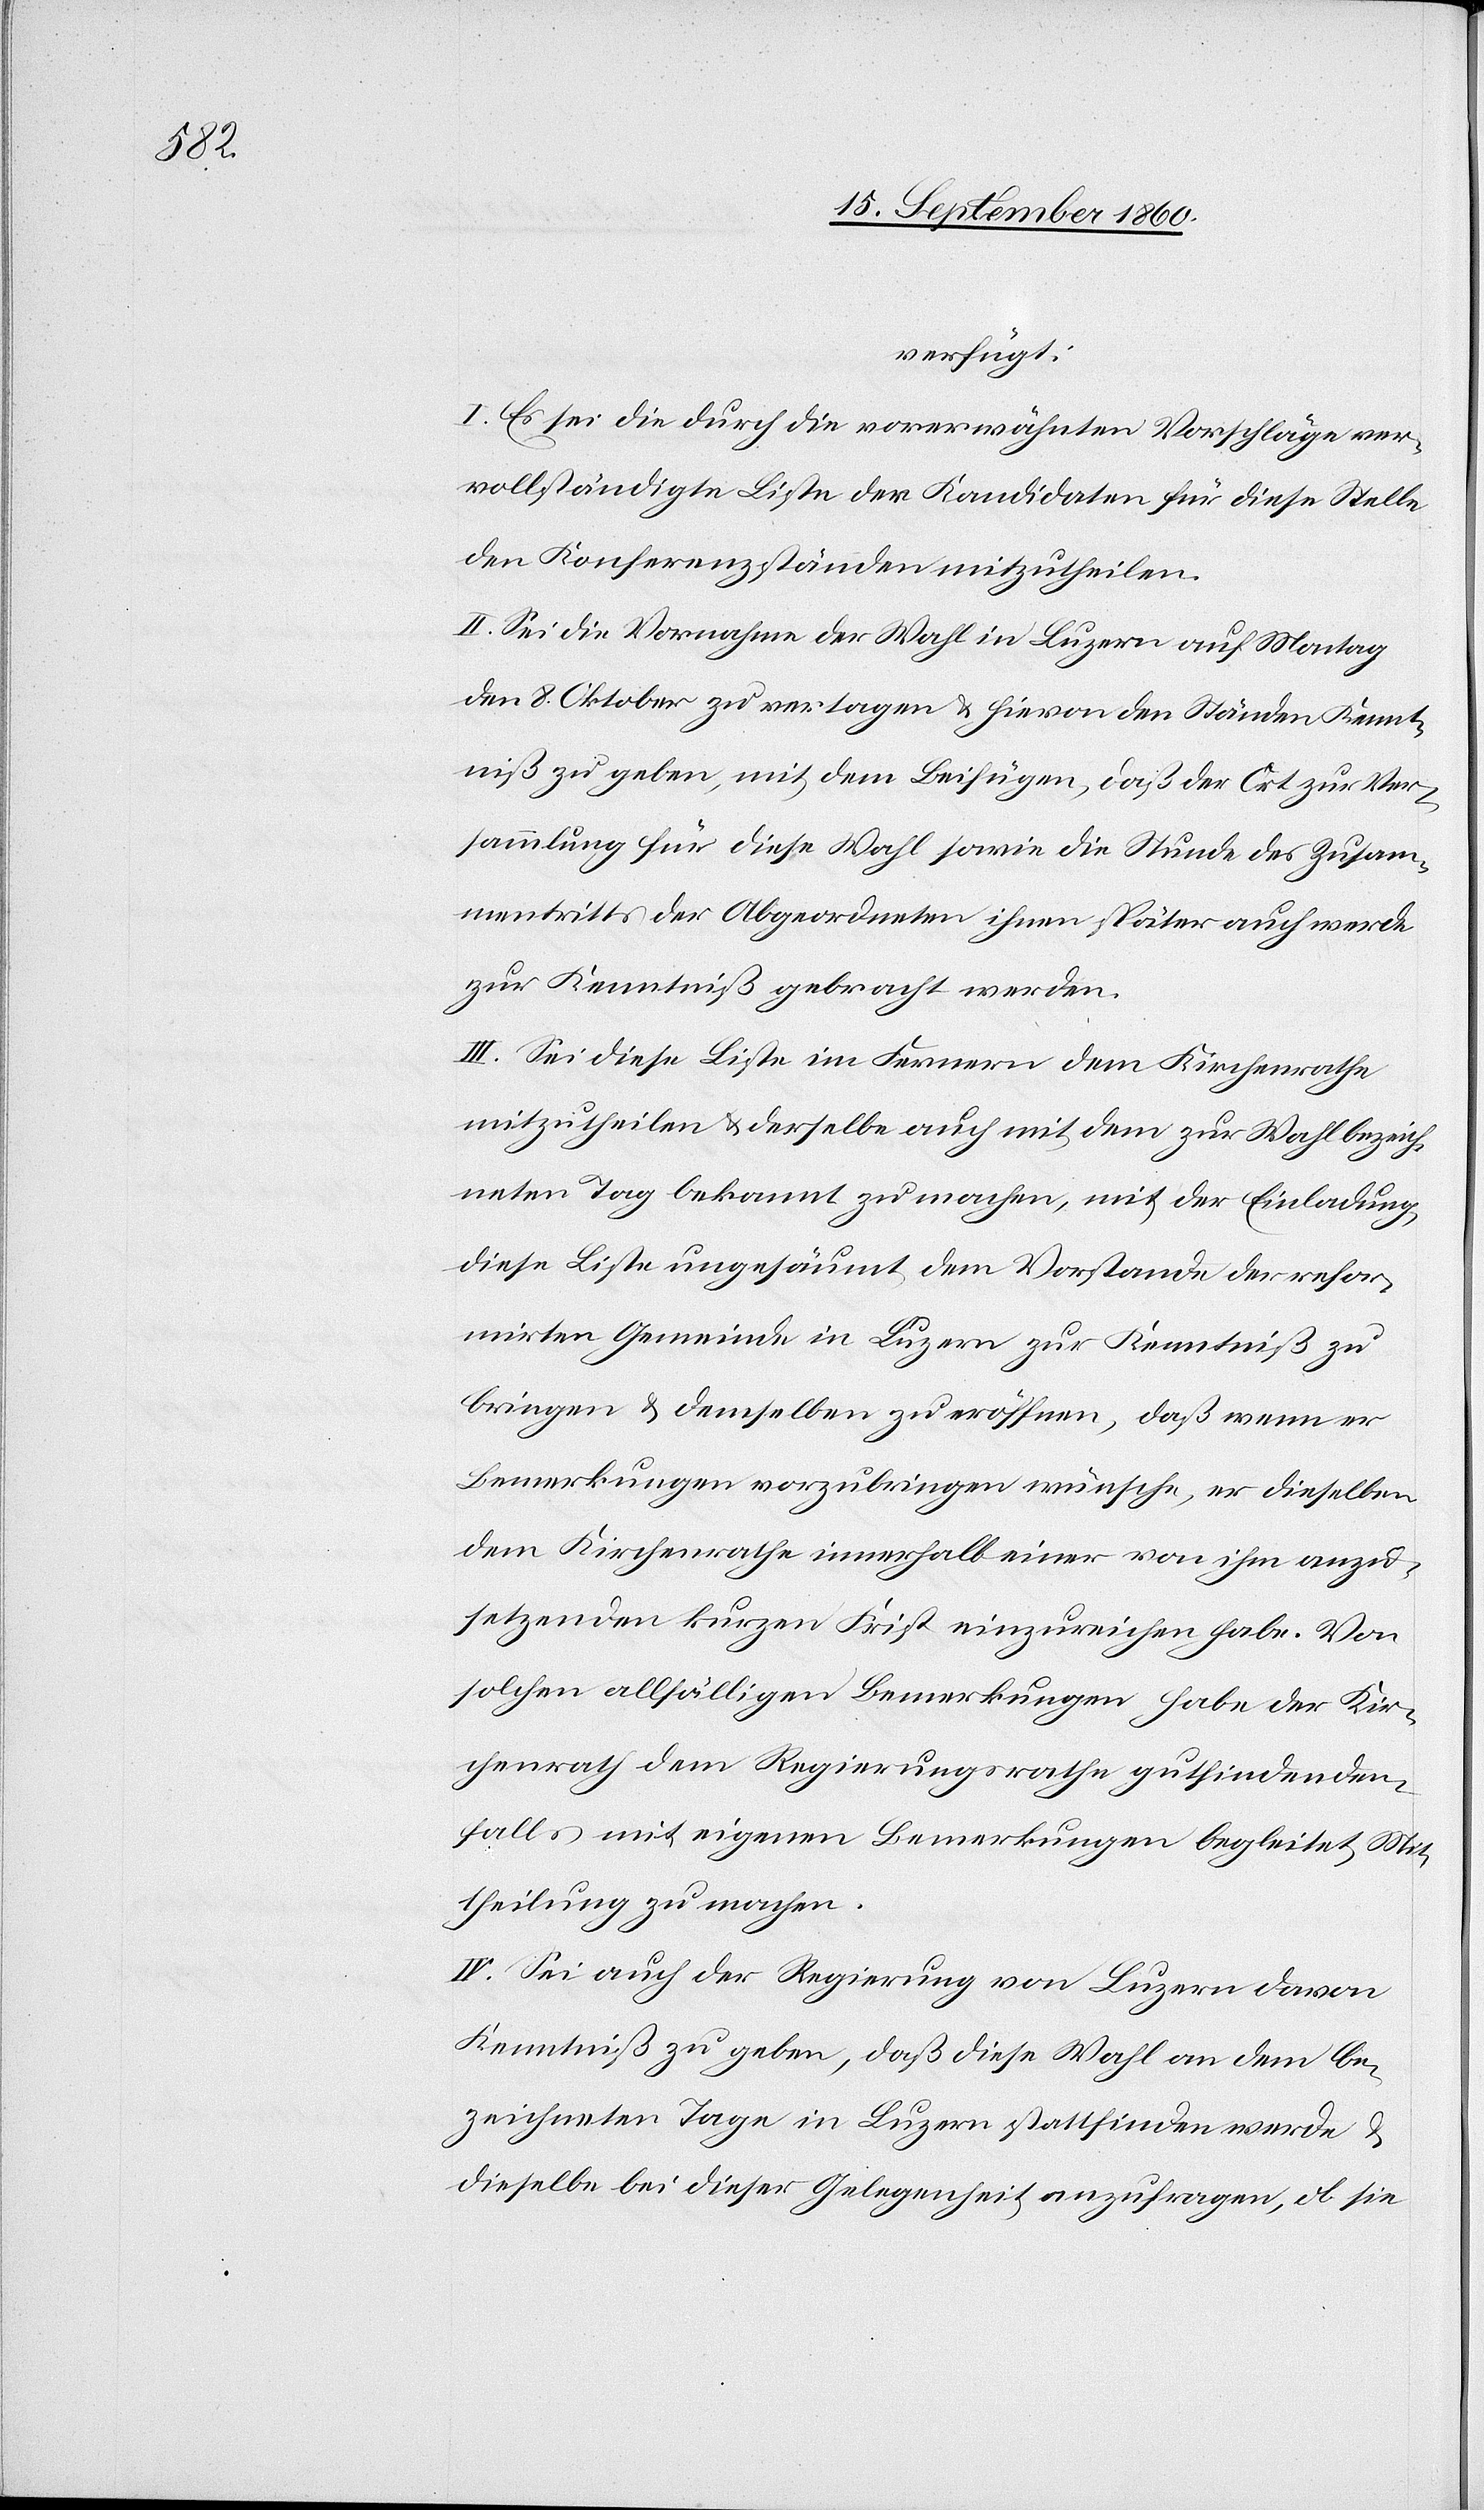
verfügt:
I. Es sei die durch die vorerwähnten Vorschläge ver¬
vollständigte Liste der Kandidaten für diese Stelle
den Konferenzständen mitzutheilen.
II. Sei die Vornahme der Wahl in Luzern auf Montag
den 8. Oktober zu vertagen & hievon den Ständen Kennt¬
niß zu geben, mit dem Beifügen, daß der Ort zur Ver¬
sammlung für diese Wahl sowie die Stunde des Zusam¬
mentritts der Abgeordneten ihnen später auch werde
zur Kenntniß gebracht werden.
III. Sei diese Liste im Fernern dem Kirchenrathe
mitzutheilen & derselbe auch mit dem zur Wahl bezeich¬
neten Tag bekannt zu machen, mit der Einladung,
diese Liste ungesäumt dem Vorstande der refor¬
mirten Gemeinde in Luzern zur Kenntniß zu
bringen & demselben zu eröffnen, daß wenn er
Bemerkungen vorzubringen wünsche, er dieselben
dem Kirchenrathe innerhalb einer von ihm anzu¬
setzenden kurzen Frist einzureichen habe. Von
solchen allfälligen Bemerkungen habe der Kir¬
chenrath dem Regierungsrathe gutfindenden¬
falls mit eigenen Bemerkungen begleitet, Mit¬
theilung zu machen.
IV. Sei auch der Regierung von Luzern davon
Kenntniß zu geben, daß diese Wahl an dem be¬
zeichneten Tage in Luzern stattfinden werde &
denselben bei dieser Gelegenheit anzufragen, ob sie